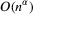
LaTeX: O ( n ^ { \alpha } )